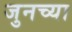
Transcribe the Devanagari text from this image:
जुनच्या